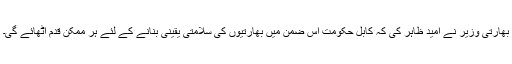
بھارتی وزیر نے امید ظاہر کی کہ کابل حکومت اس ضمن میں بھارتیوں کی سلامتی یقینی بنانے کے لئے ہر ممکن قدم اٹھائے گی۔